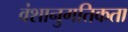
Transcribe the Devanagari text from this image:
वंशानुगतिकता